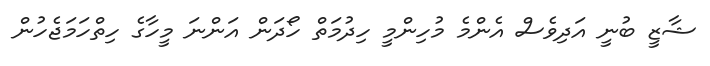
ޝާޒީ ބުނީ އަދިވެސް އެންމެ މުހިންމީ ހިދުމަތް ހޯދަން އަންނަ މީހާގެ ހިތްހަމަޖެހުން